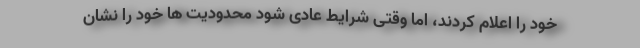
خود را اعلام کردند، اما وقتی شرایط عادی شود محدودیت ها خود را نشان